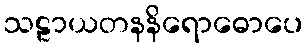
သဠာယတနနိရောဓောပေ